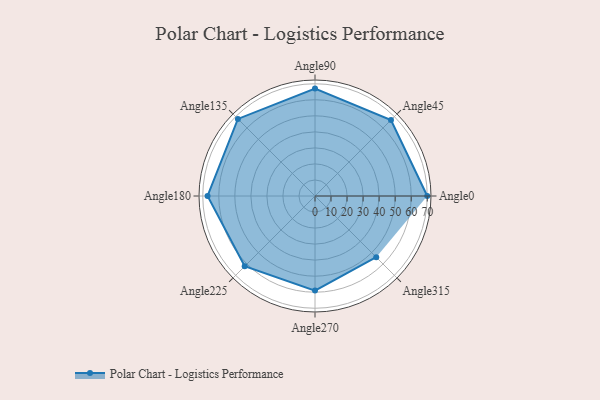
{"axis": {"x": "Angle", "y": "Radius"}, "legend": [""], "data": [{"x": "Angle0", "y": 70.0, "type": ""}, {"x": "Angle45", "y": 67.0, "type": ""}, {"x": "Angle90", "y": 67.0, "type": ""}, {"x": "Angle135", "y": 68.0, "type": ""}, {"x": "Angle180", "y": 67.0, "type": ""}, {"x": "Angle225", "y": 62.0, "type": ""}, {"x": "Angle270", "y": 59.0, "type": ""}, {"x": "Angle315", "y": 54.0, "type": ""}]}